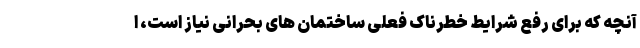
آنچه که برای رفع شرایط خطرناک فعلی ساختمان های بحرانی نیاز است، ا